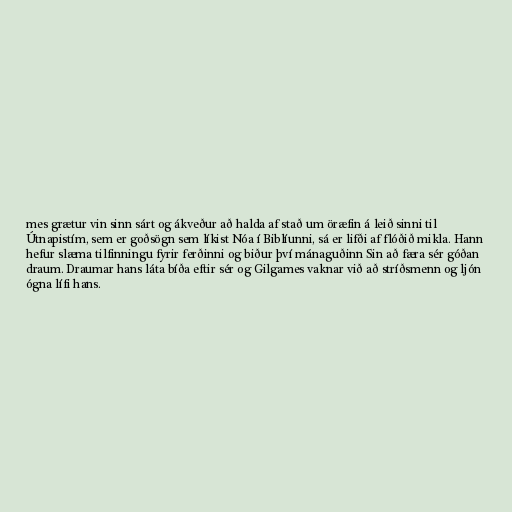
mes grætur vin sinn sárt og ákveður að halda af stað um öræfin á leið sinni til
Útnapistím, sem er goðsögn sem líkist Nóa í Biblíunni, sá er lifði af flóðið mikla. Hann
hefur slæma tilfinningu fyrir ferðinni og biður því mánaguðinn Sin að færa sér góðan
draum. Draumar hans láta bíða eftir sér og Gilgames vaknar við að stríðsmenn og ljón
ógna lífi hans.